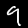
Digit: 9